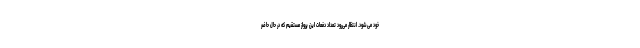
خود می‌شود. انتظار می‌رود تعداد دفعات این پرواز مستقیم که در حال حاضر